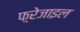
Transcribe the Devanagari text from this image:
फ़्रेजाइल